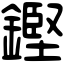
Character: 鏗